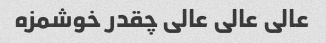
عالی عالی عالی چقدر خوشمزه